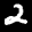
Label: 2